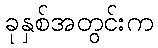
ခုနှစ်အတွင်းက